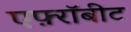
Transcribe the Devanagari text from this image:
एफ़्रॉबीट